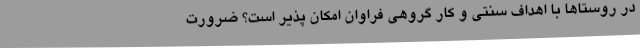
در روستاها با اهداف سنتی و کار گروهی فراوان امکان پذیر است؟ ضرورت